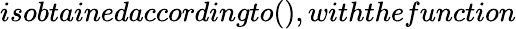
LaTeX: isobtainedaccordingto(),withthefunction